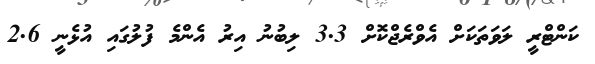
ކަންޓްރީ ލަވަތަކަށް އެވްރެޖްކޮށް 3.3 ލިބުނު އިރު އެންމެ ފުލުގައި އުޅެނީ 2.6